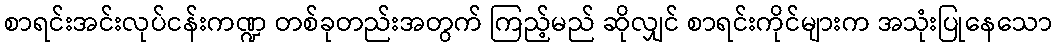
စာရင်းအင်းလုပ်ငန်းကဏ္ဍ တစ်ခုတည်းအတွက် ကြည့်မည် ဆိုလျှင် စာရင်းကိုင်များက အသုံးပြုနေသော